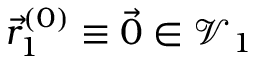
\vec { r } _ { 1 } ^ { ( 0 ) } \equiv \vec { 0 } \in \mathcal { V } _ { 1 }